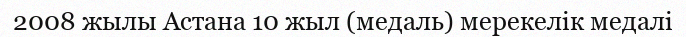
2008 жылы Астана 10 жыл (медаль) мерекелік медалі